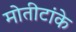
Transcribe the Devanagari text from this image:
मोतीटांके